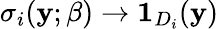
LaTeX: \sigma_{i}(\mathbf{y};\beta)\to\mathbf{1}_{D_{i}}(\mathbf{y})